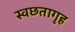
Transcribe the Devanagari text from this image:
स्वछतागृह